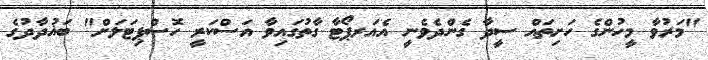
"މަރުވާ މީހުންގެ ހަށިތައް ސީދާ ގެންދެވެނީ އެއަރޕޯޓާ ގާތުގައިވާ އަސްކަރީ ހޮސްޕިޓަލަށް" ބަޣުދާދުގެ